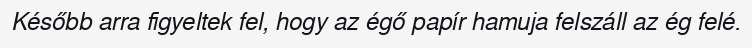
Később arra figyeltek fel, hogy az égő papír hamuja felszáll az ég felé.